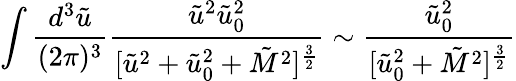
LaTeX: \int\frac{d^{3}\tilde{u}}{(2\pi)^{3}}\frac{\tilde{u}^{2}\tilde{u}_{0}^{2}}{[\tilde{u}^{2}+\tilde{u}_{0}^{2}+\tilde{M}^{2}]^{\frac{3}{2}}}\sim\frac{\tilde{u}_{0}^{2}}{[\tilde{u}_{0}^{2}+\tilde{M}^{2}]^{\frac{3}{2}}}